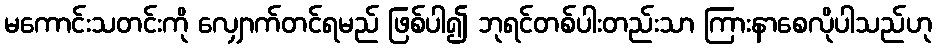
မကောင်းသတင်းကို လျှောက်တင်ရမည် ဖြစ်ပါ၍ ဘုရင်တစ်ပါးတည်းသာ ကြားနာစေလိုပါသည်ဟု